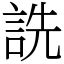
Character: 詵